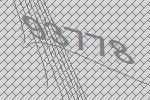
93778